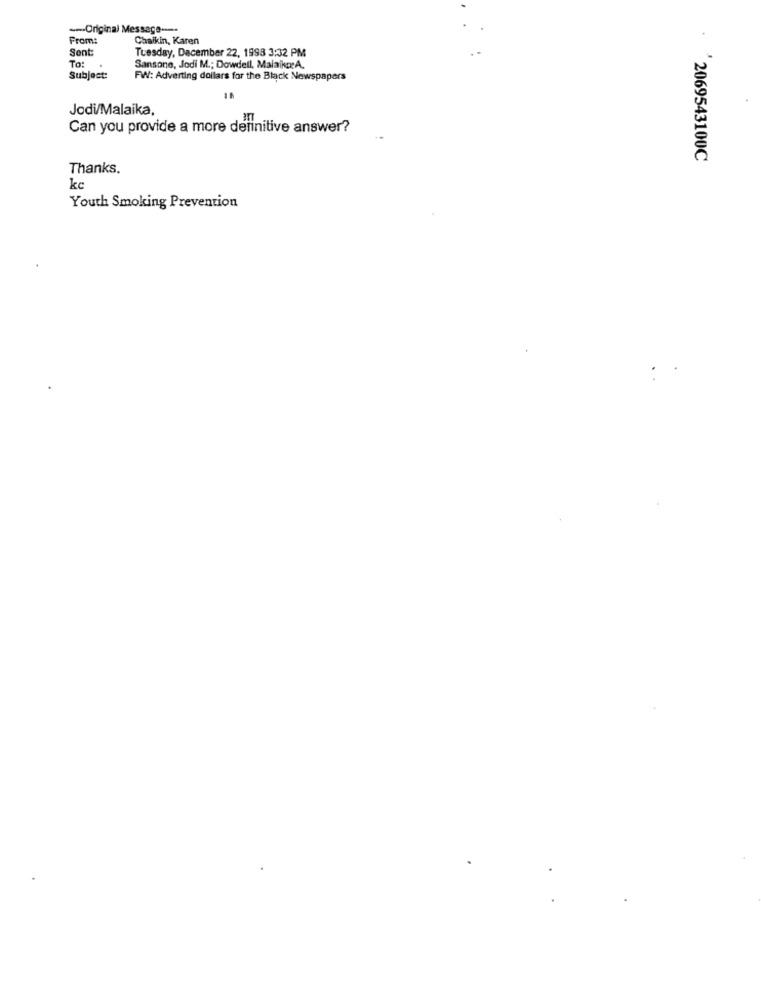
--- Original Message ---
From:
Chaikin, Karen
Sent
Tuesday, December 22, 1998 3:32 PM
To:
Sansone, Jodi M .; Dowdell, Malaika:A.
Subject:
FW: Adverting dollars for the Black Newspapers
Jodi/Malaika,
Can you provide a more definitive answer?
2069543100C
Thanks.
kc
Youth Smoking Prevention